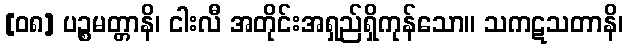
[၀၈] ပဉ္စမတ္တာနိ၊ ငါးလီ အတိုင်းအရှည်ရှိကုန်သော။ သကဋသတာနိ၊